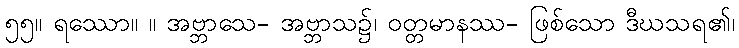
၅၅။ ရဿော။ ။ အဗ္ဘာသေ- အဗ္ဘာသ၌၊ ဝတ္တမာနဿ- ဖြစ်သော ဒီဃသရ၏၊